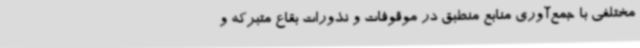
مختلفی با جمع‌آوری منابع منطبق در موقوفات و نذورات بقاع متبرکه و